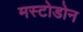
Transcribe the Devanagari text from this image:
मस्टोडोन